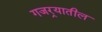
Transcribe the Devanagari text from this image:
गजर्‍यातील